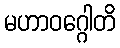
မဟာဝဂ္ဂေါတိ